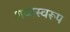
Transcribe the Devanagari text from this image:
शब्दस्वरूप